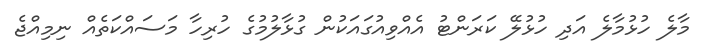
މާލެ ހުޅުމާލެ އަދި ހުޅުލޭ ކަރަންޓު އެއްވިއުގައަކުން ގުޅާލުމުގެ ހުރިހާ މަސައްކަތެއް ނިމިއްޖެ